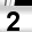
Digit: 2